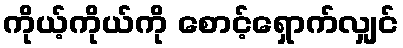
ကိုယ့်ကိုယ်ကို စောင့်ရှောက်လျှင်